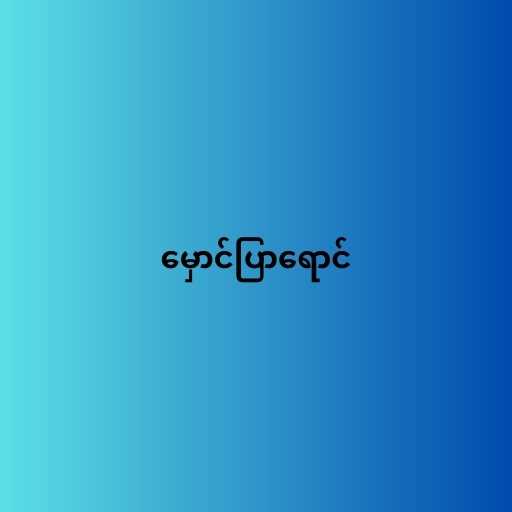
မှောင်ပြာရောင်